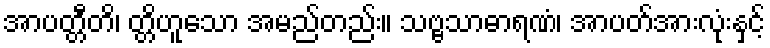
အာပတ္တီတိ၊ တ္တိဟူသော အမည်တည်း။ သဗ္ဗသာဓာရဏံ၊ အာပတ်အားလုံးနှင့်